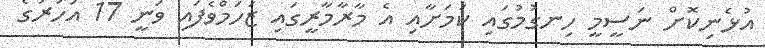
އުޅެނިކޮށް ނަސީމީ ހިނގުމުގައި ކަމަށާއި އެ މާރާމާރީގައި ޒަހަމްވެފައި ވަނީ 17 އަހަރުގެ